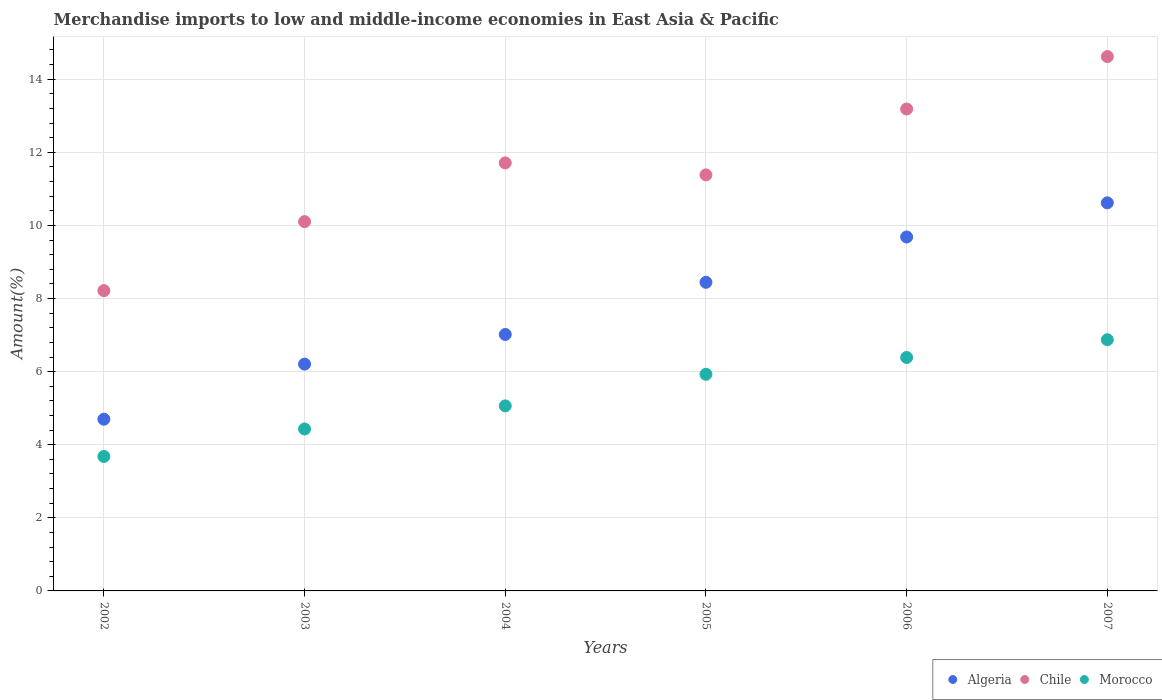
| Years | Algeria | Chile | Morocco |
 | --- | --- | --- | --- |
 | 2002 | 4.7 | 8.22 | 3.68 |
 | 2003 | 6.21 | 10.1 | 4.43 |
 | 2004 | 7.02 | 11.7 | 5.06 |
 | 2005 | 8.44 | 11.4 | 5.93 |
 | 2006 | 9.68 | 13.2 | 6.39 |
 | 2007 | 10.6 | 14.6 | 6.87 |